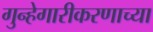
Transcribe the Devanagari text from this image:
गुन्हेगारीकरणाच्या